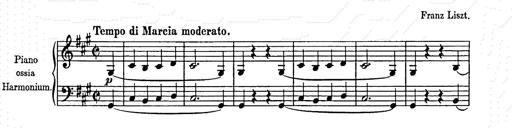
Title: Weihnachtsbaum
Composer: Franz Liszt